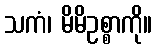
သကံ၊ မိမိဥစ္စာကို။